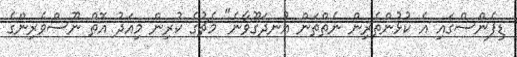
ޑިފެންސްގައި އެ ކުޅުންތެރިން ނެތްތަން އުނދަގޫވާނެ" މެޗުގެ ކުރިން މިއަދު އޮތް ނޫސްވެރިންގެ